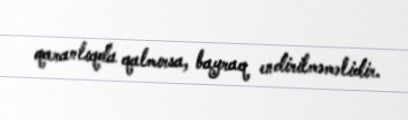
qaranlıqda qalmırsa, bayraq endirilməməlidir.